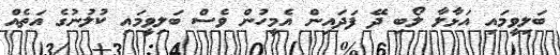
ބަލިވީމައި އަޅާލާ ލޯބި ދޭ ފަދައިން އެމީހުން ވެސް ބަލިވީމައި ކުލުނުގެ އަތެއް